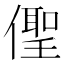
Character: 𠏄